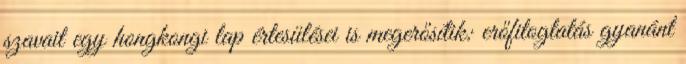
szavait egy hongkongi lap értesülései is megerősítik: erőfitogtatás gyanánt